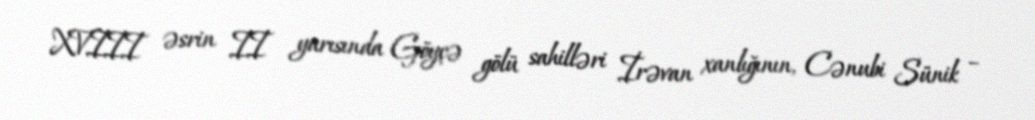
XVIII əsrin II yarısında Göyçə gölü sahilləri İrəvan xanlığının, Cənubi Sünik –